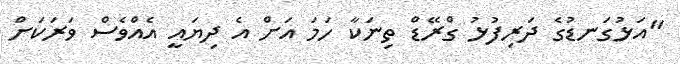
"އަޅުގަނޑުގެ ދަރިފުޅު ގްރޭޑް ތިނަކާ ހަމަ އަށް އެ ދިޔައީ އެއްވެސް ވަރަކަށް